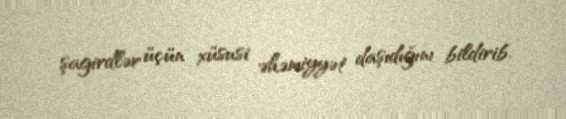
şagirdlər üçün xüsusi əhəmiyyət daşıdığını bildirib.